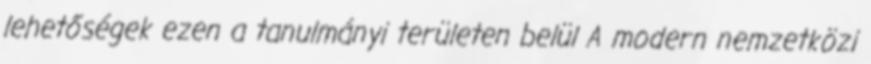
lehetőségek ezen a tanulmányi területen belül A modern nemzetközi